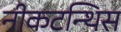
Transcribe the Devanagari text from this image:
नीकटन्थिस